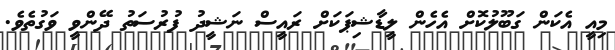
މިއީ އެކަން ގަބޫލުކޮށް އެހެން ލީޑާޝިޕަކަށް ރައީސް ނަޝީދު ފުރުސަތު ދޭންވީ ވަގުތެވެ.